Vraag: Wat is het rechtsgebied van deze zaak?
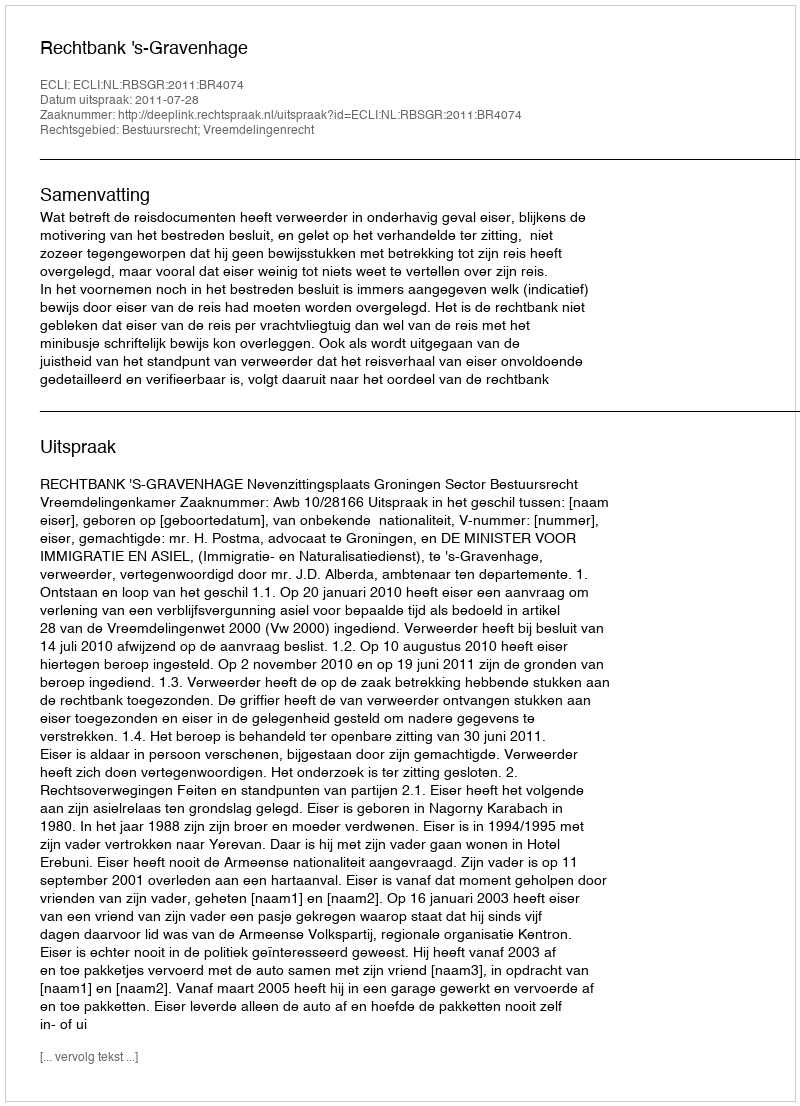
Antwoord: Bestuursrecht; Vreemdelingenrecht